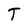
Character: T